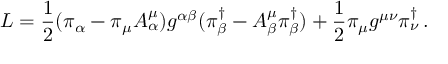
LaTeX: L = \frac { 1 } { 2 } ( \pi _ { \alpha } - \pi _ { \mu } A _ { \alpha } ^ { \mu } ) g ^ { \alpha \beta } ( \pi _ { \beta } ^ { \dag } - A _ { \beta } ^ { \mu } \pi _ { \beta } ^ { \dag } ) + \frac { 1 } { 2 } \pi _ { \mu } g ^ { \mu \nu } \pi _ { \nu } ^ { \dag } \, .